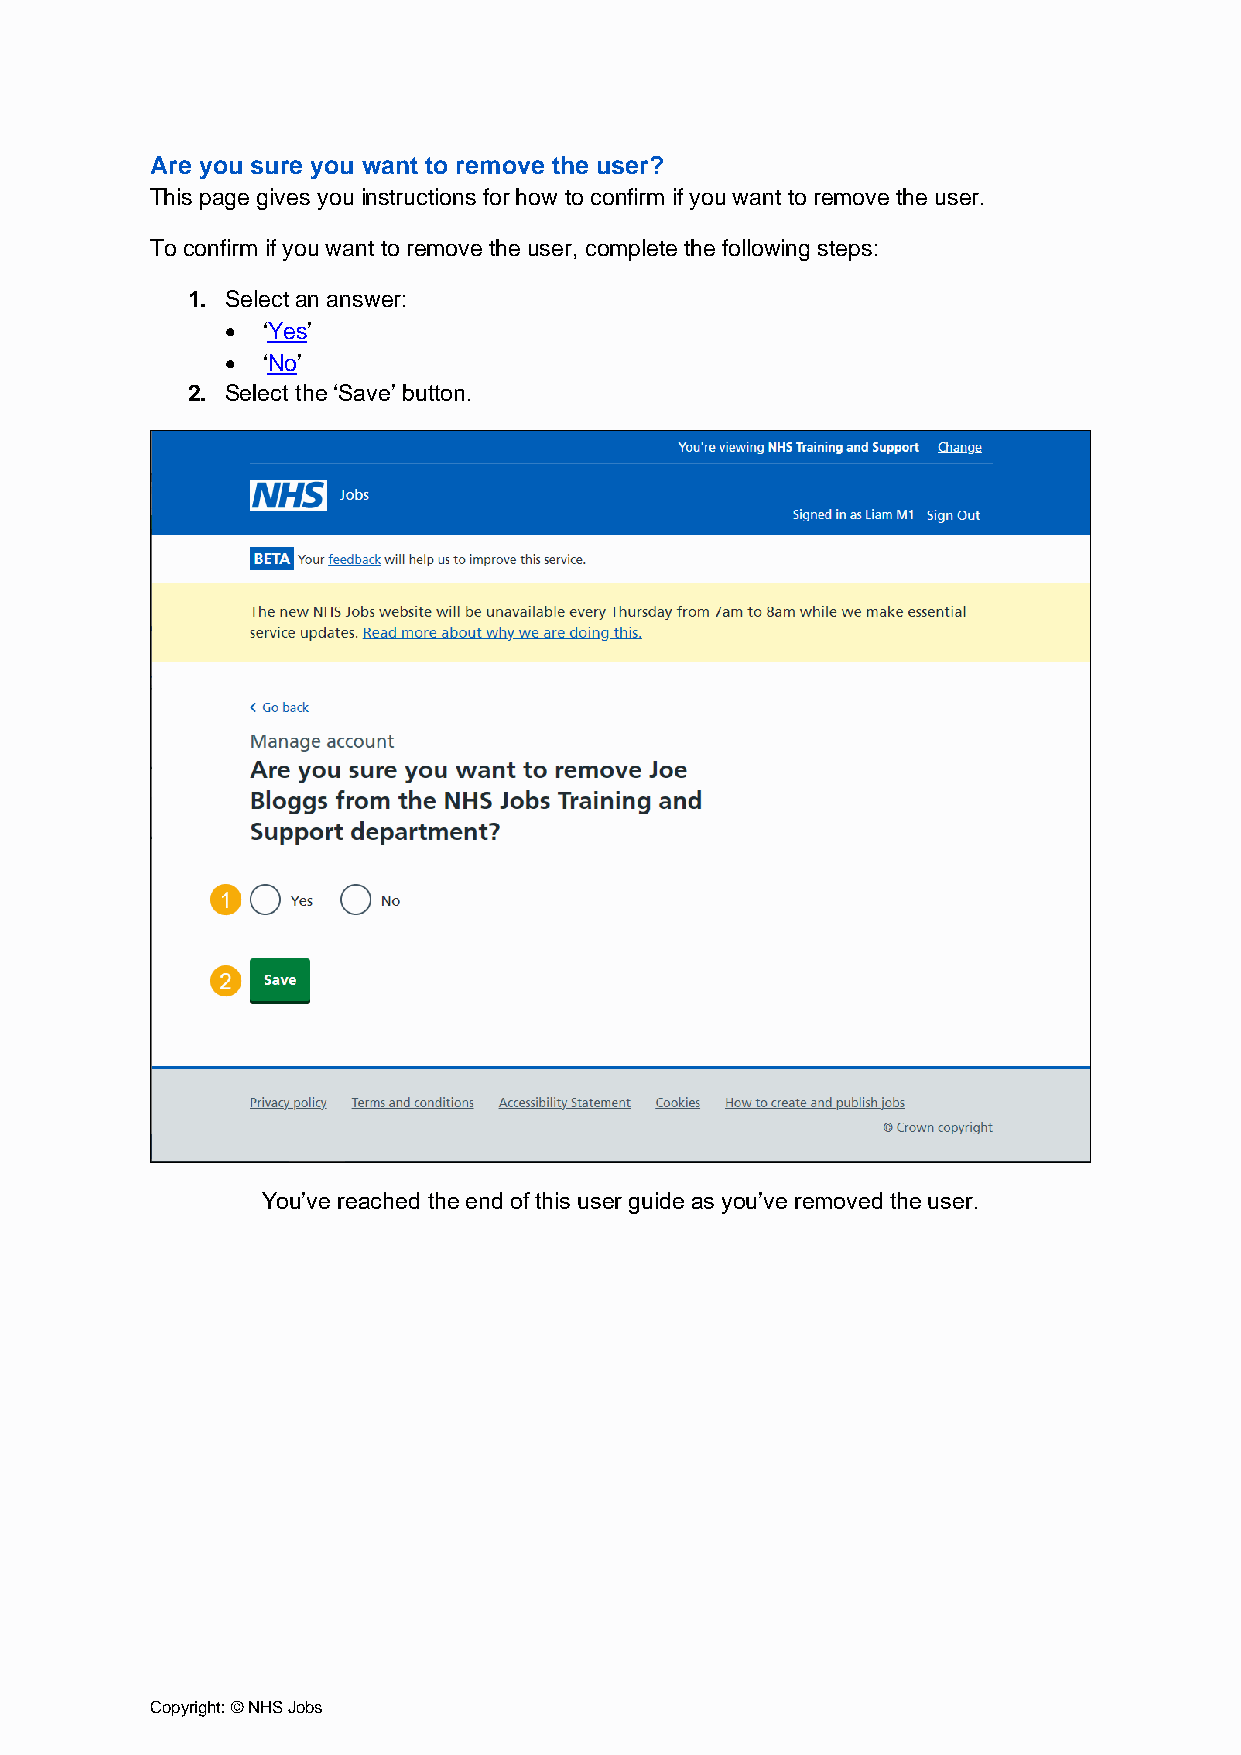
Are you sure you want to remove the user?
 This page gives you instructions for how to confirm if you want to remove the user.
 To confirm if you want to remove the user, complete the following steps:
 1. Select an answer:
 • ‘Yes’
 • ‘No’
 2. Select the ‘Save’ button.
 You’ve reached the end of this user guide as you’ve removed the user.
 Copyright: © NHS Jobs